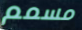
مسمم